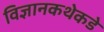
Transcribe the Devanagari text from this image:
विज्ञानकथेकडे